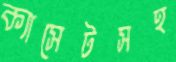
ক্যাসেটসহ